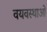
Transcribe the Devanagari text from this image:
वयवस्थाओं